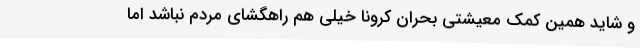
و شاید همین کمک معیشتی بحران کرونا خیلی هم راهگشای مردم نباشد اما